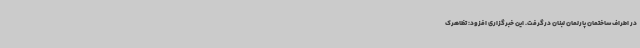
در اطراف ساختمان پارلمان لبنان درگرفت. این خبرگزاری افزود: تظاهرک